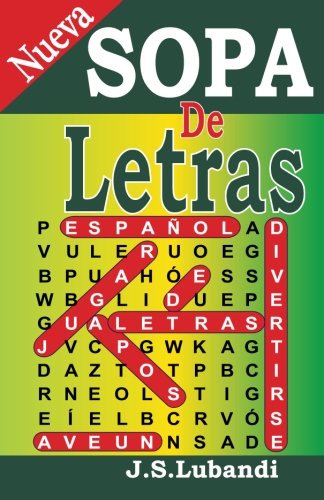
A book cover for Nueva SOPA De Letras (Volume 1) (Spanish Edition); J S Lubandi; Humor & Entertainment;